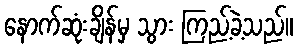
နောက်ဆုံးချိန်မှ သွား ကြည့်ခဲ့သည်။